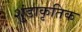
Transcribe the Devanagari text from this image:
शुंडाकृतिक